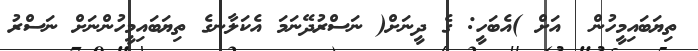
ތިޔަބައިމީހުން  އަށް )އެބަހީ: ގެ ދީނަށް( ނަސްރުދޭނަމަ އެކަލާނގެ ތިޔަބައިމީހުންނަށް ނަސްރު